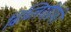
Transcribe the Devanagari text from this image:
बिब्लियोग्रेफी